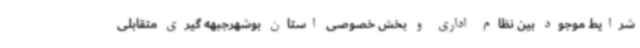
شرایط موجود بین نظام اداری و بخش خصوصی استان بوشهرجبهه گیری متقابلی